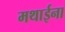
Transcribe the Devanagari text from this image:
मथाईना